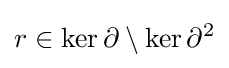
r\in \ker \partial \setminus \ker \partial ^{2}